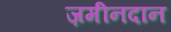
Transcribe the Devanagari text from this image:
ज़मीनदान